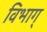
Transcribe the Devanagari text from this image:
विभाग्